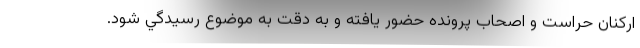
اركنان حراست و اصحاب پرونده حضور يافته و به دقت به موضوع رسيدگي شود.